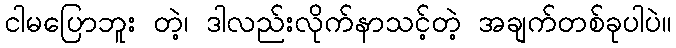
ငါမပြောဘူး တဲ့၊ ဒါလည်းလိုက်နာသင့်တဲ့ အချက်တစ်ခုပါပဲ။